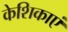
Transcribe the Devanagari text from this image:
केशिकाएं